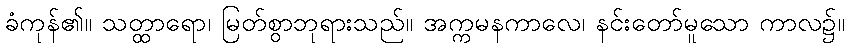
ခံကုန်၏။ သတ္ထာရော၊ မြတ်စွာဘုရားသည်။ အက္ကမနကာလေ၊ နင်းတော်မူသော ကာလ၌။